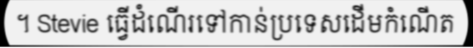
។ Stevie ធ្វើដំណើរទៅកាន់ប្រទេសដើមកំណើត